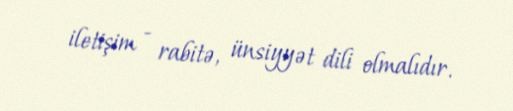
iletişim - rabitə, ünsiyyət dili olmalıdır.